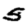
Digit: 5